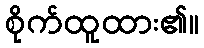
စိုက်ထူထား၏။